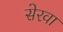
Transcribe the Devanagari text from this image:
सेरवा